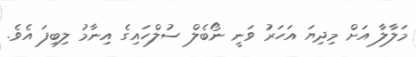
މަލާލާ އަށް މިދިޔަ އަހަރު ވަނީ ނޯބެލް ސުލްހައިގެ އިނާމު ލިބިފަ އެވެ.